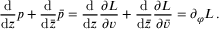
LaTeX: \frac { \mathrm { d } } { \mathrm { d } z } p + \frac { \mathrm { d } } { \mathrm { d } \bar { z } } \bar { p } = \frac { \mathrm { d } } { \mathrm { d } z } \frac { \partial { \cal L } } { \partial v } + \frac { \mathrm { d } } { \mathrm { d } \bar { z } } \frac { \partial { \cal L } } { \partial \bar { v } } = \partial _ { \varphi } { \cal L } \, .